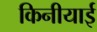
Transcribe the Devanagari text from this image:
किनीयाई